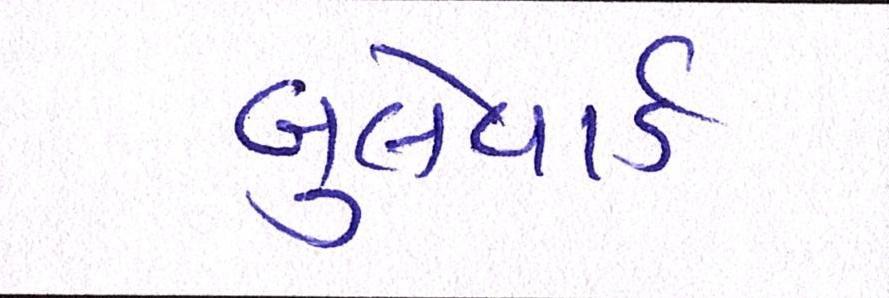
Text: બુલેવાર્ડ